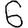
Digit: 6